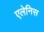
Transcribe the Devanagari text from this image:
एलेनिस